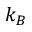
k _ { B }